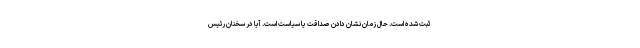
ثبت شده است. حال زمان نشان دادن صداقت یا سیاست است. آیا در سخنان رئیس